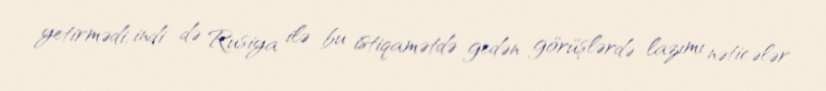
yetirmədi, indi də Rusiya ilə bu istiqamətdə gedən görüşlərdə lazımı nəticələr